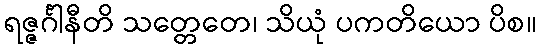
ရဇ္ဇင်္ဂါနီတိ သတ္တေတေ၊ သိယုံ ပကတိယော ပိစ။